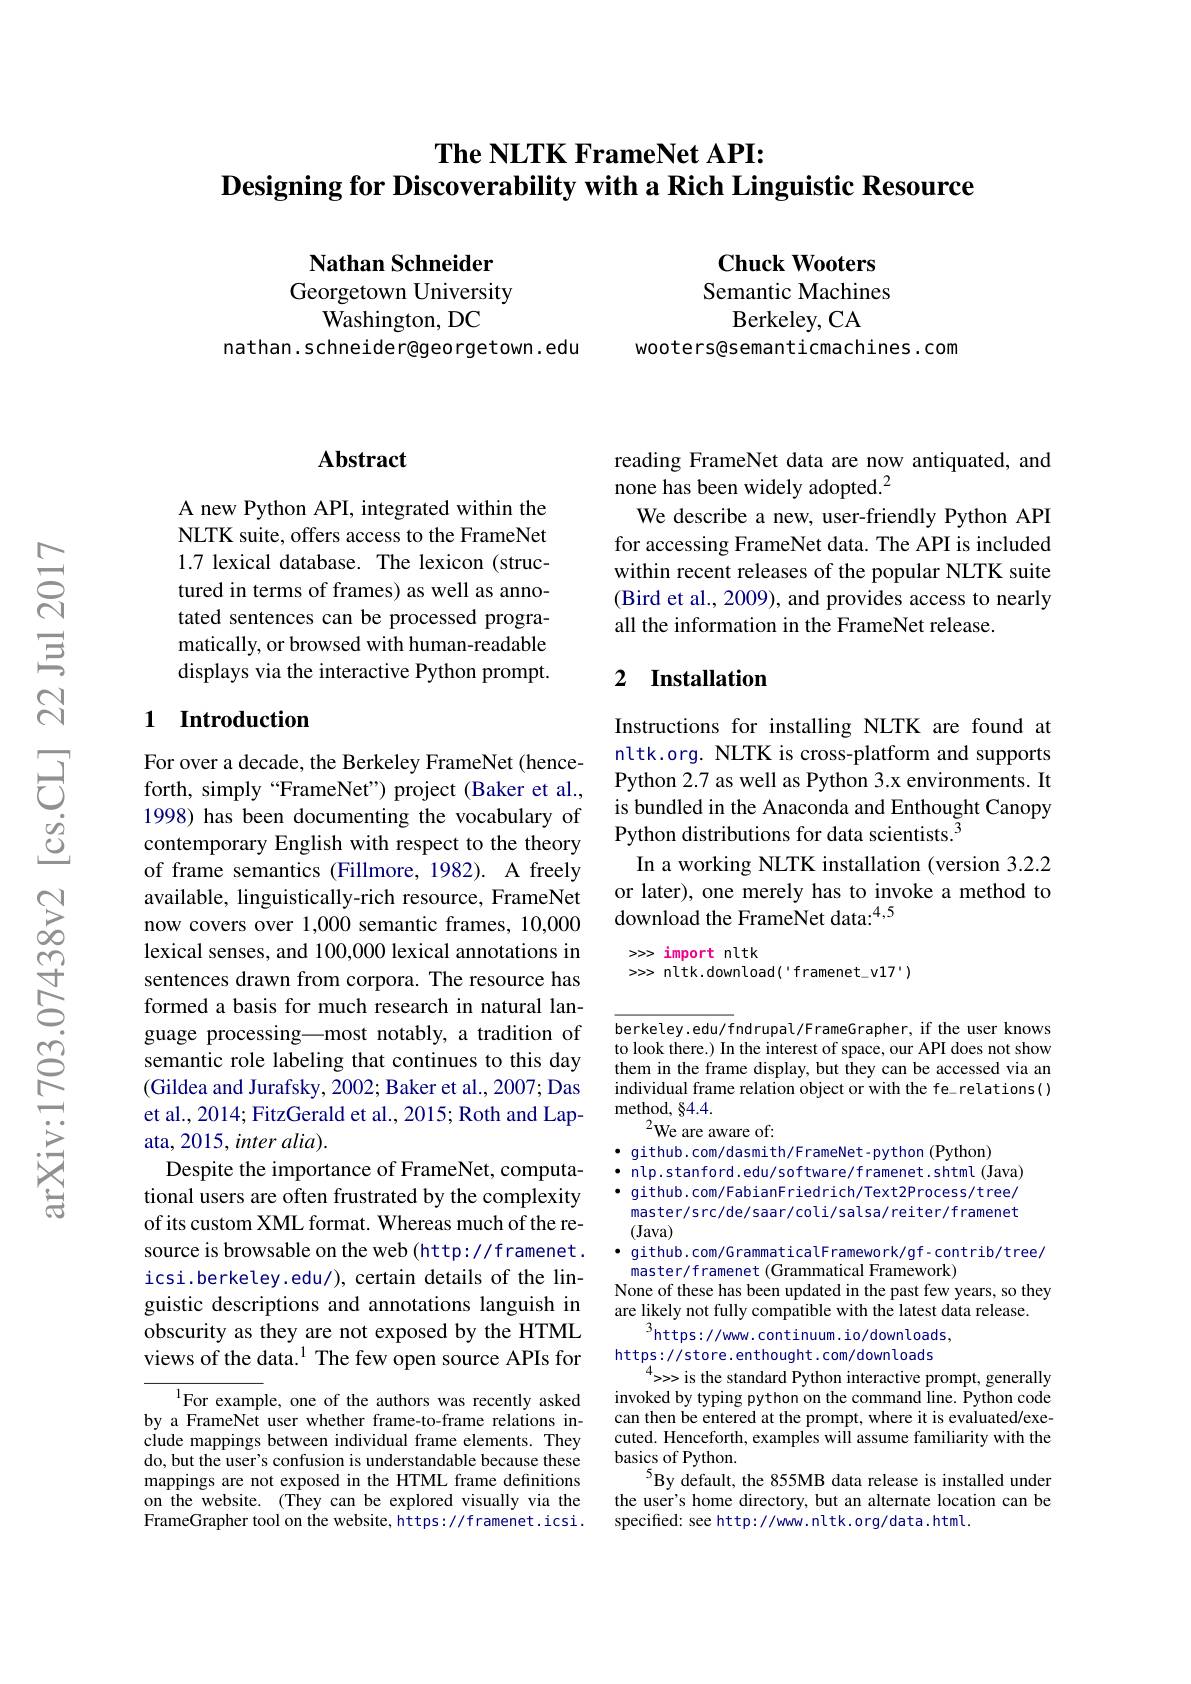
# The NLTK FrameNet API: $\textbf{Designing for Discoverability with a Rich Linguistic Resource}$

Nathan Schneider Georgetown University
$\bar{\text{Washington, DC}}$
nathan. schneide r@geo rgetown. edu

$\textbf{Chuck Wooters}$ Semantic Machines
Berkeley, CA
wooters@semanticmachines.com

### $\mathbf{Abstract}$

A new Python API, integrated within the NLTK suite, offers access to the FrameNet 1.7 lexical database. The lexicon (structured in terms of frames) as well as annotated sentences can be processed programatically, or browsed with human-readable displays via the interactive Python prompt.

### 1 Introduction

For over a decade, the Berkeley FrameNet (henceforth, simply “FrameNet”) project (Baker et al., 1998) has been documenting the vocabulary of contemporary English with respect to the theory of frame semantics (Fillmore, 1982). A freely available, linguistically-rich resource, FrameNet now covers over 1,000 semantic frames, 10,000 lexical senses, and 100,000 lexical annotations in sentences drawn from corpora. The resource has formed a basis for much research in natural language processing\_most notably, a tradition of semantic role labeling that continues to this day (Gildea and Jurafsky, 2002; Baker et al., 2007; Das et al., 2014; FitzGerald et al., 2015; Roth and Lapata, 2015, inter alia).
Despite the importance of FrameNet, computational users are often frustrated by the complexity of its custom XML format. Whereas much of the resource is browsable on the web(http://framenet. icsi.berkeley.edu/), certain details of the linguistic descriptions and annotations languish in obscurity as they are not exposed by the HTML views of the data.$^1$The few open source APIs for
$^{1}$For example, one of the authors was recently asked

by a FrameNet user whether frame-to-frame relations include mappings between individual frame elements. They do, but the user's confusion is understandable because these mappings are not exposed in the HTML frame definitions on the website. (They can be explored visually via the FrameGrapher tool on the website, https://framenet.icsi.

reading FrameNet data are now antiquated, and
none has been widely adopted.$^2$
We describe a new, user-friendly Python API for accessing FrameNet data. The API is included within recent releases of the popular NLTK suite (Bird et al., 2009), and provides access to nearly all the information in the FrameNet release.

### 2 Installation

Instructions for installing NLTK are found at nltk.org. NLTK is cross-platform and supports Python 2.7 as well as Python 3.x environments. It is bundled in the Anaconda and Enthought Canopy Python distributions for data scientists.$^{3}$
In a working NLTK installation (version 3.2.2 or later), one merely has to invoke a method to download the FrameNet data:$^{4,5}$

>>> import nltk
>>> nltk.download('framenet\_v17')

$\overline{\text{berkeley.edu/f}}$ndrupal/FrameGrapher, if the user knows to look there.) In the interest of space, our API does not show them in the frame display, but they can be accessed via an individual frame relation object or with the fe\_relations() method, §4.4.
$^{2}$We are aware of:
· github. com/ das mi th/ F rameNet - py thon ( Python)
$\bullet$ nlp.stanford.edu/software/framenet.shtm[(Java)] · github.com/FabianFriedrich/Text2Process/tree/ master/s rc/de/ saar/ coli/ sal sa/ reiter/ f ramenet (Java)
· github. com/GrammaticalFramework/gf-contrib/tree/
master/framenet (Grammatical Framework)
None of these has been updated in the past few years, so they
are likely not fully compatible with the latest data release.
$^{3}$https://ww.continuum.io/downloads, https://store.enthought.com/downloads
$^{4}>>>$is the standard Python interactive prompt, generally invoked by typing python on the command line. Python code can then be entered at the prompt, where it is evaluated/executed. Henceforth, examples will assume familiarity with the basics of Python.
$^{5}$By default, the 855MB data release is installed under the user's home directory, but an alternate location can be specified: see http://www.nltk.org/data.html.